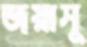
জয়াসু